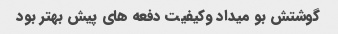
گوشتش بو میداد وکیفیت دفعه هاى پیش بهتر بود